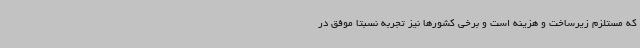
که مستلزم زیرساخت و هزینه است و برخی کشورها نیز تجربه نسبتا موفق در